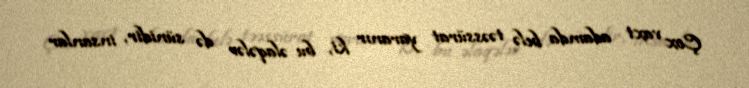
Çox vaxt adamda belə təəssürat yaranır ki, bu əlaqələr də sünidir, insanlar